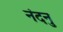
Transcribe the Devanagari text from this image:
नंदनु